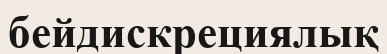
бейдискрециялық